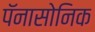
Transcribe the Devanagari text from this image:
पॅनासोनिक